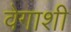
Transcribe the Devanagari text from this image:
वेगाशी